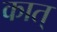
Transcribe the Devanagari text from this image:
कात्‌